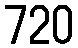
720